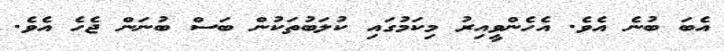
އެބަ ބުނެ އެވެ. އެހެންވީއިރު މިކަމުގައި ކުލަބުތަކުން ބަސް ބުނަން ޖެހެ އެވެ.